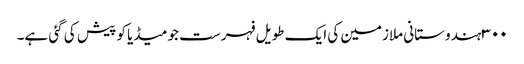
٣٠٠ ہندوستانی ملازمین کی ایک طویل فہرست جو میڈیا کو پیش کی گئی ہے۔